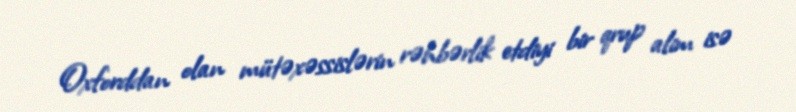
Oxforddan olan mütəxəssislərin rəhbərlik etdiyi bir qrup alim isə